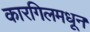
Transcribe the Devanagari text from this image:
कारगिलमधून